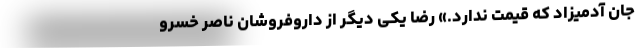
جان آدمیزاد که قیمت ندارد.» رضا یکی دیگر از داروفروشان ناصر خسرو